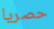
حصريا